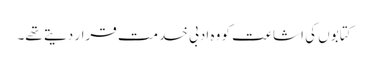
کتابوں کی اشاعت کو وہ ادبی خدمت قرار دیتے تھے۔